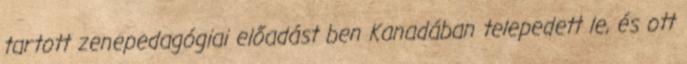
tartott zenepedagógiai előadást ben Kanadában telepedett le, és ott